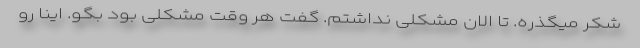
شکر میگذره. تا الان مشکلی نداشتم. گفت هر وقت مشکلی بود بگو. اینا رو